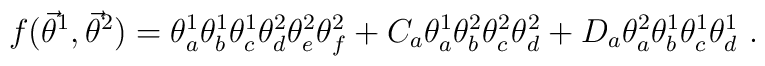
f({\vec{\theta}}^{1},{\vec{\theta}}^{2}) =\theta_{a}^{1}\theta_{b}^{1}\theta_{c}^{1}\theta_{d}^{2}\theta_{e}^{2}\theta_{f}^{2} +C_{a}\theta_{a}^{1}\theta_{b}^{2}\theta_{c}^{2}\theta_{d}^{2} +D_{a}\theta_{a}^{2}\theta_{b}^{1}\theta_{c}^{1}\theta_{d}^{1}  \ .